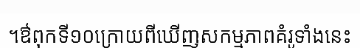
។ឳពុកទី១០ក្រោយពីឃើញសកម្មភាពគំរូទាំងនេះ